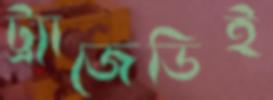
ট্র্যাজেডিই